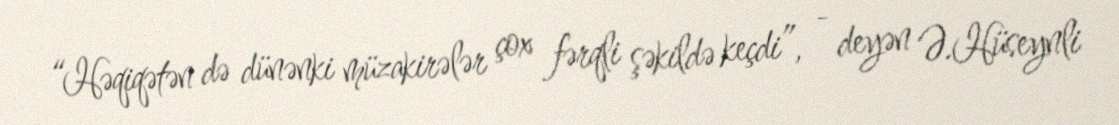
“Həqiqətən də dünənki müzakirələr çox fərqli şəkildə keçdi”, - deyən Ə.Hüseynli